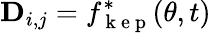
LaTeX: \mathbf{D}_{i,j}=f_{\mathrm{~k~e~p~}}^{*}(\mathbf{\theta},t)